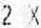
2 X